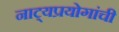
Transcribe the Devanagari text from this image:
नाट्यप्रयोगांची